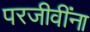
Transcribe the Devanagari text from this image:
परजीवींना